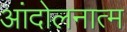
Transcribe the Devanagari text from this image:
आंदोलनात्म